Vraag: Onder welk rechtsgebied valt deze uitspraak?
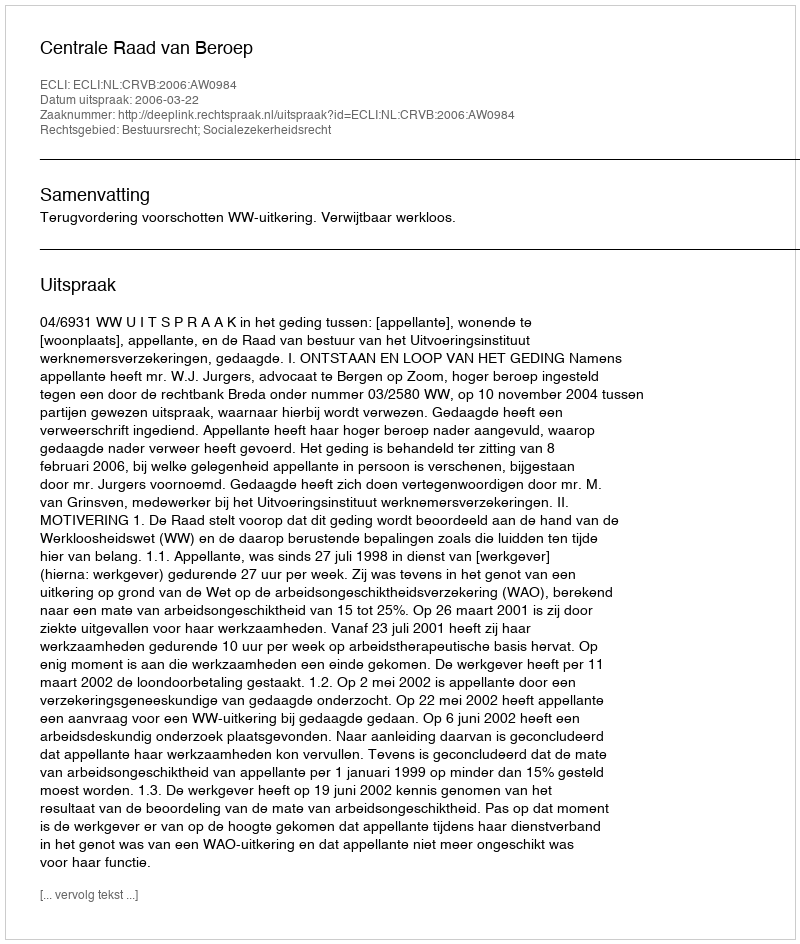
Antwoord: Bestuursrecht; Socialezekerheidsrecht